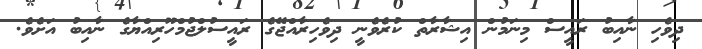
ދިވެހި ނާއިބު ރައީސް މިނަމުން އިޝާރާތް ކުރެވެނީ ދިވެހިރާއްޖޭގެ ރައީސުލްޖުމްހޫރިއްޔާގެ ނާއިބު އަށެވެ.